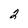
Character: 2